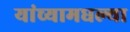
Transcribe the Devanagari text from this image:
यांच्यामधल्या